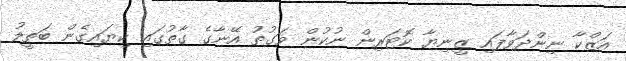
އަޒްކާ ނިންދަވާފައި ޒީނިޔާ ކޮޓަރިން ނުކުން ވަގުތު އޭނާގެ ގާތުގައި ކިޔައިގެން ބަތީލު